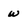
Character: w